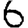
Digit: 6